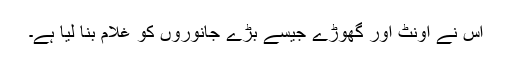
اس نے اونٹ اور گھوڑے جیسے بڑے جانوروں کو غلام بنا لیا ہے۔